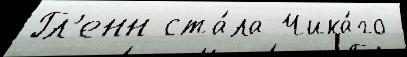
Гл'енн ста́ла Чика́го